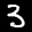
Label: 3